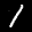
Label: 1